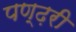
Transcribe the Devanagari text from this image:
पण्ढ़री